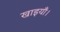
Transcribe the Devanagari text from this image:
खाइयाँ।